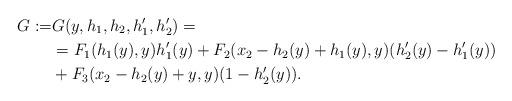
LaTeX: \begin{align*}G:=&G(y,h_1,h_2,h_1',h_2')=\\&=F_1(h_1(y),y)h_1'(y)+F_2(x_2-h_2(y)+h_1(y),y)(h_2'(y)-h_1'(y))\\&+F_3(x_2-h_2(y)+y,y)(1-h_2'(y)).\end{align*}